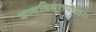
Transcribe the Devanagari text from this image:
ज्ञानविधूतपप्मा।।